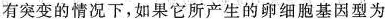
有突变的情况下，如果它所产生的卵细胞基因型为